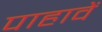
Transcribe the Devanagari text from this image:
पाहावें